Vaccine operations Central Provinces 1886-1899 - 1886-1899
Year: 1886
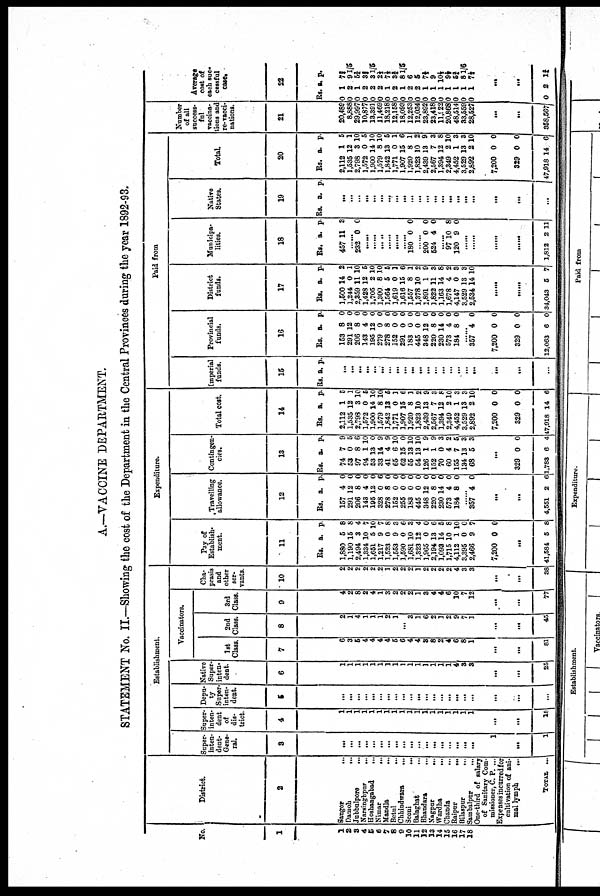
A.—VACCINE DEPARTMENT.
STATEMENT No. II.—Showing the cost of the Department in the Central Provinces during the year 1892-93.
No.
1
1
2
3
4
5
6
7
8
9
10
11
12
13
14
15
16
17
18
District.
2
Sangor
...
Damoh
...
Jubbulpore
...
Narsinghpur
...
Hoshangabad ...
Nimar
...
Mandla
...
Betul
...
Chhindwara
...
Seoni
...
Balaghat
...
Bhandara
...
Nagpur
...
Wardha
...
Chanda
...
Raipur
...
Bilaspur
...
Sambalpur
...
One-third of salary
of Sanitary Com-
missioner, C. P. ...
Expenses incurred for
cultivation of ani¬
mal lymph ...
TOTAL
...
Establishment.
Super¬
inten-
dent¬
Gene-
ral.
3
...
...
...
...
...
...
...
...
...
...
...
...
...
...
...
...
...
...
1
...
1
Super-
inten-
dent
of
dis-
trict.
4
1
1
1
1
1
1
1
1
1
1
1
1
1
1
1
1
1
1
...
...
18
Depu¬
Super-
inten-
dent.
5
...
...
...
...
...
...
...
...
...
...
...
...
...
...
...
...
...
...
...
...
...
Native
Super-
inten-
dent.
6
1
1
1
1
1
1
1
1
1
1
1
1
1
1
1
4 3
3
...
...
25
Vaccinators.
1st
Class.
7
6
3
5
4
4
4
4
5
6
4
4
3
8
2
4
6
8
1
...
...
81
2nd
Class.
8
2
1
4
1
1
1
2
1
...
3
1
6
2
]
2
9
7
1
...
...
45
3rd
Class.
9
4
2
8
2
4
1
3
2
2
2
1
3
4
4
6
10
7
12
...
...
77
Cha¬
prasis
and
other
ser-
vants.
10
2
2
2
2
2
2
1
2
2
2
1
2
2
2
2
4
3
3
...
...
38
Expenditure.
Pay of
Establish¬
ment.
11
Rs.
1,880
1,190
2,494
1,334
1,651
1,217
1,523
1,553
1,590
1,681
1,323
1,965
2,194
1,093
1,715
4,112
3,395
2,466
7,200
a.
5
15
3
10
5
9
0
9
0
10
12
0
13
14
10
1
0
9
0
p.
8
8
4
7
10
7
8
3
6
3
4
0
6
5
8
10
0
7
0
......
41,584 5 8
Travelling
allowance.
12
Rs.
157
291
206
143
195
328
278
152
255
183
445
348
220
230
573
184
a.
4
12
8
4
12
0
8
0
0
0
0
12
8
14
4
8
p.
0
0
0
0
0
6
0
0
0
0
0
0
0
0
0
0
......
357 4 0
......
......
4,551 2 6
Contingen-
cies.
13
Rs.
74
53
97
94
53
33
41
65
62
55
54
126
152
70
60
155
134
68
a.
7
0
8
1
13
14
4
6
15
13
13
1
1
0
4
7
13
5
p.
9
5
6
10
0
9
9
10
0
10
10
9
9
3
2
5
3
3
......
329
1,783
0
6
0
4
Total cost.
14
Rs.
2,112
1,535
2,798
1,572
1,900
1,579
1,842
1,771
1,907
1,920
1,823
2,439
2,567
1,394
2,349
4,452
3,529
2,892
7,200
329
47,918
a.
1
12
8
0
14
8
13
0
15
8
10
13
7
12
2
1
13
2
0
0
14
p.
5
1
10
5
10
10
5
1
6
1
2
9
3
8
10
3
3
10
0
0
6
Paid from
Imperial
funds.
15
Rs. a. p.
...
...
...
...
...
...
...
...
...
...
...
...
...
...
...
...
...
...
...
...
...
Provincial
funds.
16
Rs.
153
291
206
143
195
279
278
152
291
183
445
348
220
230
573
184
a.
8
12
8
4
12
0
8
0
0
0
0
12
8
14
4
8
p.
0
0
0
0
0
0
0
0
0
0
0
0
0
0
0
0
......
357
7,200
329
12,063
4
0
0
6
0
0
0
0
District
funds.
17
Rs.
1,500
1,244
2,359
1,428
1,705
1,300
1,564
1,619
1,616
1,557
1,378
1,891
1,822
1,163
1,678
4,147
3,529
2,534
a.
14
0
11
12
2
8
5
0
15
8
10
1
11
14
4
0
13
14
p.
2
1
10
5
10
10
5
1
6
1
2
9
3
8
2
8
3
10
......
......
84,043 5 7
Municipa-
lities.
18
Rs.
457
a.
11
p.
3
......
232 0 0
......
......
......
......
......
......
180 0 0
......
200
524
0
4
0
0
......
97
120
10
9
8
0
......
......
......
......
1,812 2 11
Native
States.
19
Rs. a. p.
...
...
...
...
...
...
...
...
...
...
...
...
...
...
...
...
...
...
...
...
...
Total.
20
Rs.
2,112
1,535
2,798
1,572
1,900
1,579
1,842
1,771
1,907
1,920
1,823
2,439
2,567
1,394
2,349
4,452
3,529
2,692
7,200
329
47,918
a.
1
12
3
0
14
8
13
0
15
8
10
13
7
12
2
1
13
2
0
0
14
p.
5
1
10
5
10
10
5
1
6
1
2
9
3
8
10
3
3
10
0
0
6
Number
of all
success-
ful
vaccina-
tions and
re-vacci-
nations.
21
20,489
8,888
29,997
10,877
13,391
11,469
18,218
12,158
18,093
12,253
12,034
23,892
23,418
11,922
20,868
48,514
33,559
28,527
...
...
358,567
Average
cost of
each suc¬
cessful
case.
22
Rs.
0
0
0
0
0
0
0
0
0
0
0
0
0
0
0
0
0
0
a.
1
2
1
2
2
2
1
2
1
2
2
1
1
1
1
1
1
1
p.
7¾
91/5
5¾
3¾
31/5
2½
7½
3¾
81/5
6
5
7½
9
10½
9½
6¾
8 1/6
7½
......
...
0 2 1¾